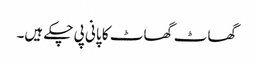
گھاٹ گھاٹ کا پانی پی چکے ہیں۔